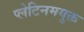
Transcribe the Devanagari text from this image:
प्लेटिनमयुक्त